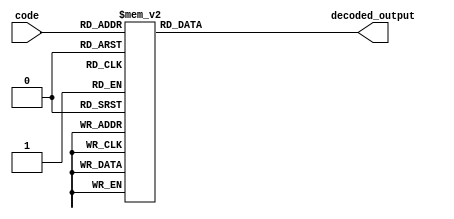
module decoder (
    input [2:0] code,
    output [7:0] decoded_output
);

always @* begin
    case (code)
        3'b000: decoded_output = 8'b00000001;
        3'b001: decoded_output = 8'b00000010;
        3'b010: decoded_output = 8'b00000100;
        3'b011: decoded_output = 8'b00001000;
        3'b100: decoded_output = 8'b00010000;
        3'b101: decoded_output = 8'b00100000;
        3'b110: decoded_output = 8'b01000000;
        3'b111: decoded_output = 8'b10000000;
        default: decoded_output = 8'b00000000;
    endcase
end

endmodule